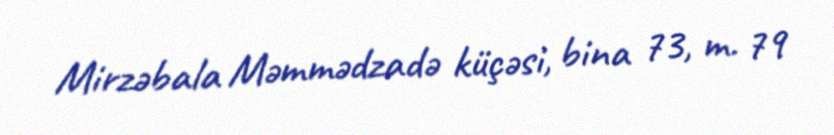
Mirzəbala Məmmədzadə küçəsi, bina 73, m. 79